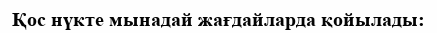
Қос нүкте мынадай жағдайларда қойылады: